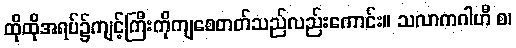
ထိုထိုအရပ်၌ကျင့်ကြီးကိုကျစေတတ်သည်လည်းကောင်း။ သလာကဂါဟီ စ၊